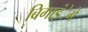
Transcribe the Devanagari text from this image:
बिगाड़ंेगे